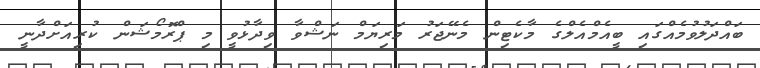
ބައްދަލުވުމެއްގައި ބީއެމްއެލްގެ މާކެޓިން މެނޭޖަރު މަރިޔަމް ނަޝްވާ ވިދާޅުވީ މި ޕްރޮމޯޝަން ކުރިއަށްދާނީ